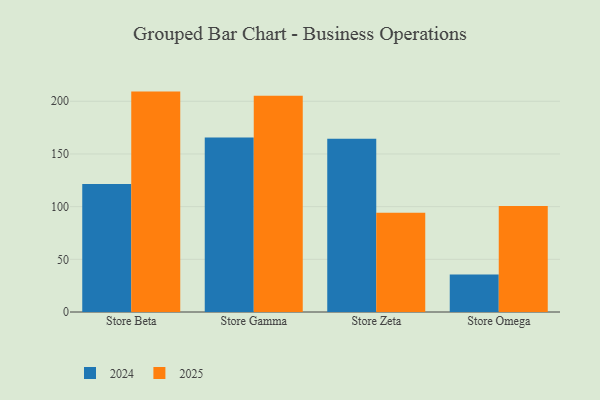
{"axis": {"x": "Store", "y": "Gross Profit (USD K)"}, "legend": ["2024", "2025"], "data": [{"x": "Store Beta", "y": 121.5, "type": "2024"}, {"x": "Store Beta", "y": 209.2, "type": "2025"}, {"x": "Store Gamma", "y": 165.6, "type": "2024"}, {"x": "Store Gamma", "y": 205.3, "type": "2025"}, {"x": "Store Zeta", "y": 164.4, "type": "2024"}, {"x": "Store Zeta", "y": 94.3, "type": "2025"}, {"x": "Store Omega", "y": 35.7, "type": "2024"}, {"x": "Store Omega", "y": 100.6, "type": "2025"}]}